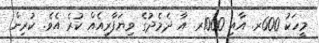
މީހަކު 600ރ. އާއި 1000ރ. އާ ދެމެދުގެ ވިޔަފާރިއެއް ކުރެ އެވެ. ކުރިން